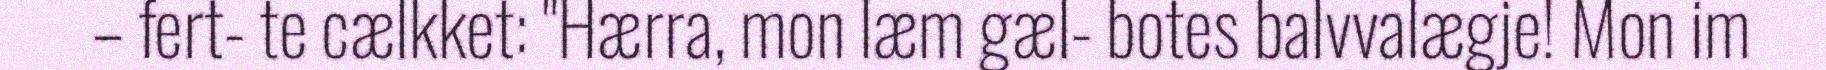
– fert- te cælkket: "Hærra, mon læm gæl- botes balvvalægje! Mon im